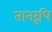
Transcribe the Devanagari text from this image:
तानरूपि